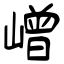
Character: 嶒